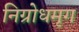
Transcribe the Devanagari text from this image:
निग्रोधमृग